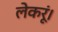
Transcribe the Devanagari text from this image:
लेकरूं।